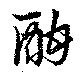
酣